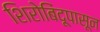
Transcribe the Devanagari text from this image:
शिरोबिंदूपासून